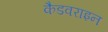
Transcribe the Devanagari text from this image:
कैडवराइन